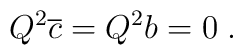
Q^2\overline{c}=Q^2b=0\;.